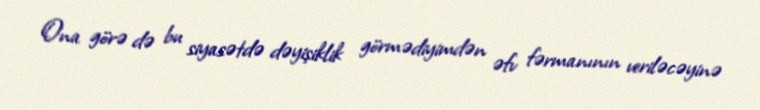
Ona görə də bu siyasətdə dəyişiklik görmədiyimdən əfv fərmanının veriləcəyinə